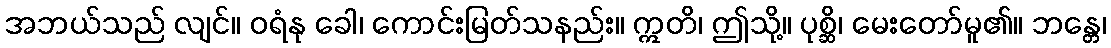
အဘယ်သည် လျင်။ ဝရံနု ခေါ၊ ကောင်းမြတ်သနည်း။ ဣတိ၊ ဤသို့။ ပုစ္ဆိ၊ မေးတော်မူ၏။ ဘန္တေ၊